system: You are a helpful assistant.
user:
Analyze the provided spectrum to determine if it is a **Carbon Star (C-type)**.

- **Key Visual Indicators of Carbon Star:**
    - **(Primary):** Strong molecular absorption from **C₂ (diatomic carbon) "Swan Bands."** This is the **defining feature** of a carbon star.
        - **(Key Bandheads):** Sharp absorption edges are visible at approximately $5635$ Å, $5165$ Å (the strongest band), and $4737$ Å.
        - **(Line Profile):** Creates a distinct **"saw-tooth"** pattern. The key morphology is a sharp, steep bandhead on the **red (long-wavelength) side**, which then gradually tapers off (i.e., flux recovers) towards the **blue (short-wavelength) side**. *(This is the direct opposite of the TiO bands seen in M-type stars)*.

    - **(Secondary):** Intense **CN (cyanogen)** molecular absorption bands.
        - **(Key Bandheads):** Located in the blue and violet regions of the spectrum (e.g., near $4215$ Å and $3883$ Å).
        - **(Morphology):** These bands are extremely broad and act as a "blanket," absorbing the vast majority of blue and violet light. This creates a characteristic **"cliff"** or **"steep drop-off"** in the spectrum's flux at short wavelengths.

    - **(Key Confirmation):** Strong **CH absorption band (G-band)**.
        - **(Key Bandhead):** Located around $4300$ Å. The contribution from CH molecules to this band is exceptionally strong.

    - **(Overall Spectrum):**
        - The continuum is severely "chopped up" by these deep molecular bands, especially C₂, rather than appearing as a smooth curve.
        - Due to the heavy CN and C₂ absorption in the blue-green, the vast majority of the star's flux is concentrated in the red part of the spectrum, giving the star its characteristic deep red color.

Think first, call **spectral_visualization_tool** if needed to examine features in detail, then provide your final answer. Your response must adhere to the following strict rules:
1.  **Overall Structure:** Your response must follow the format `<think>...</think> <tool_call>...</tool_call> (if a tool is used) <answer>...</answer>`.
2.  **Tool Usage Constraint:** You may only make **one** tool call per turn.
3.  **Final Answer Format:** In the `<answer>` tag, your conclusion must be inside a `\boxed{}` command (e.g., `\boxed{YES}`), followed by your justification.

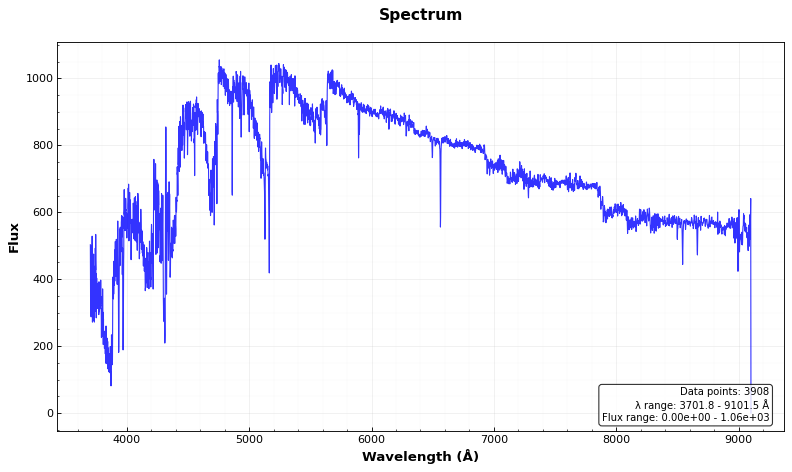
Answer: YES